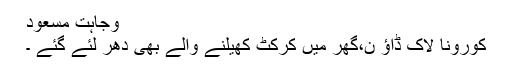
وجاہت مسعود
کورونا لاک ڈاؤ ن،گھر میں کرکٹ کھیلنے والے بھی دھر لئے گئے ۔